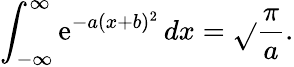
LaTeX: \int_{-\infty}^{\infty}\mathrm{e}^{-a(x+b)^{2}}\, dx={\sqrt{}{{\frac{{\pi}}{{a}}}}}.